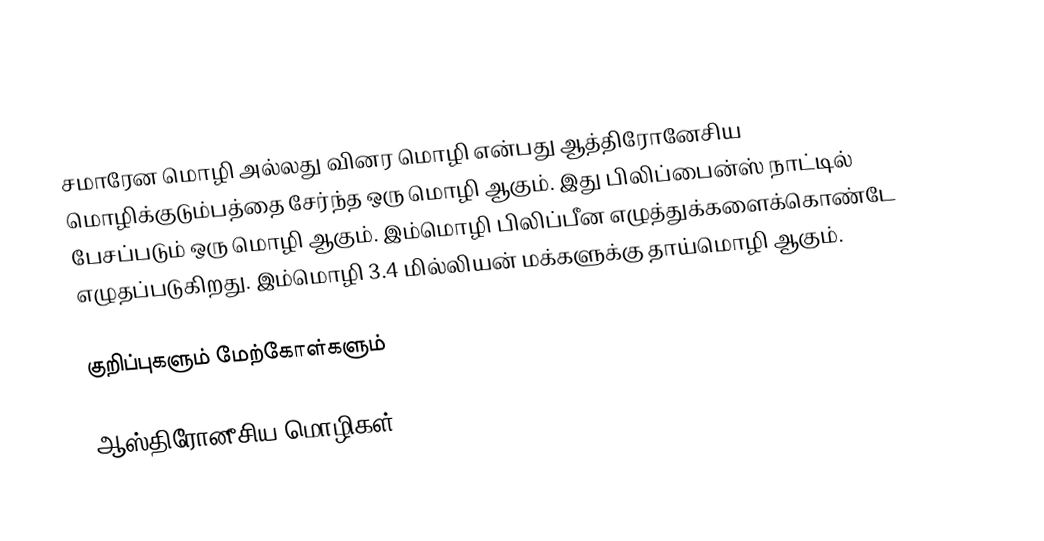
சமாரேன மொழி அல்லது வினர மொழி என்பது ஆத்திரோனேசிய மொழிக்குடும்பத்தை சேர்ந்த ஒரு மொழி ஆகும். இது பிலிப்பைன்ஸ் நாட்டில் பேசப்படும் ஒரு மொழி ஆகும். இம்மொழி பிலிப்பீன எழுத்துக்களைக்கொண்டே எழுதப்படுகிறது. இம்மொழி 3.4 மில்லியன் மக்களுக்கு தாய்மொழி ஆகும்.

குறிப்புகளும் மேற்கோள்களும்

ஆஸ்திரோனீசிய மொழிகள்